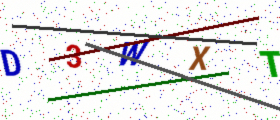
Text: D3WXT